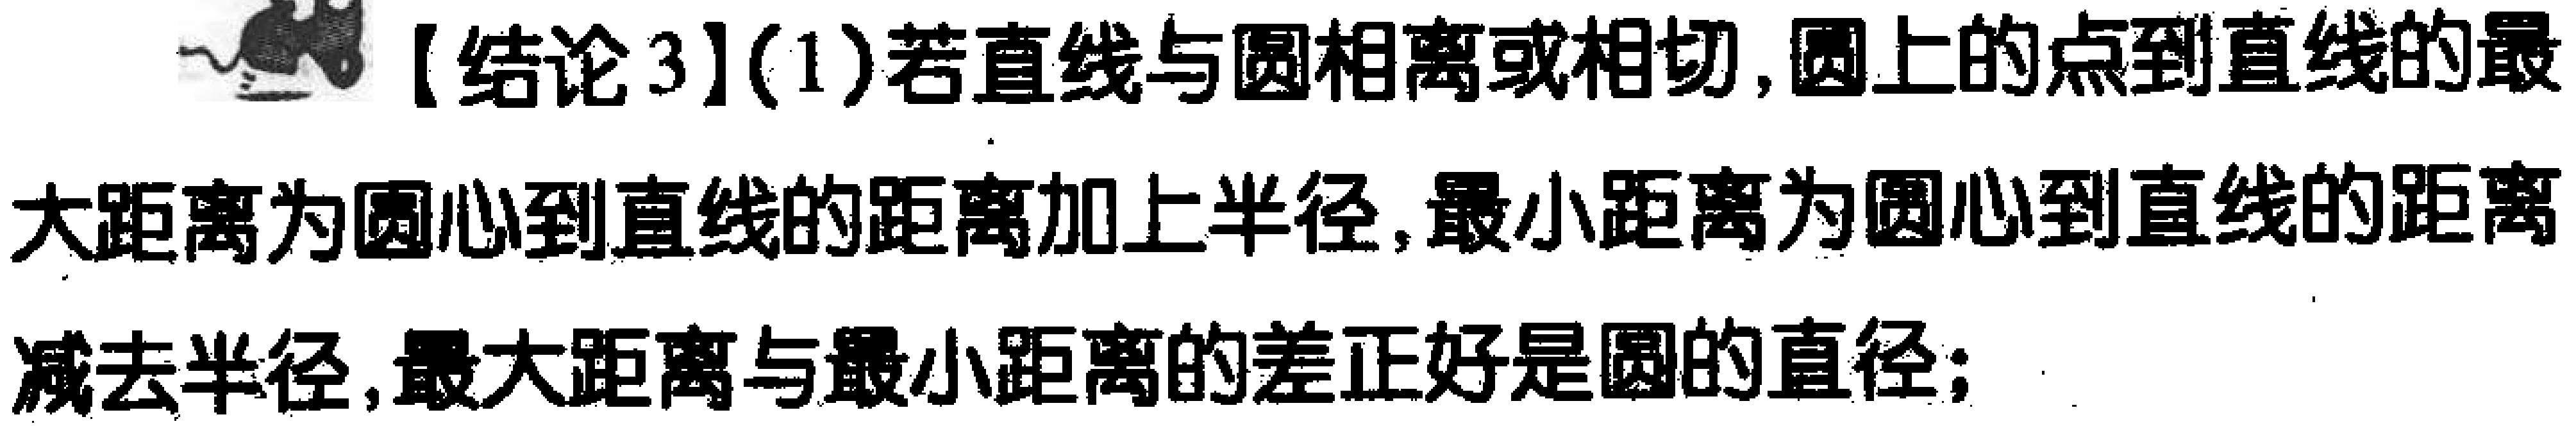
【结论3】(1)若直线与圆相离或相切,圆上的点到直线的最大距离为圆心到直线的距离加上半径,最小距离为圆心到直线的距离减去半径,最大距离与最小距离的差正好是圆的直径;